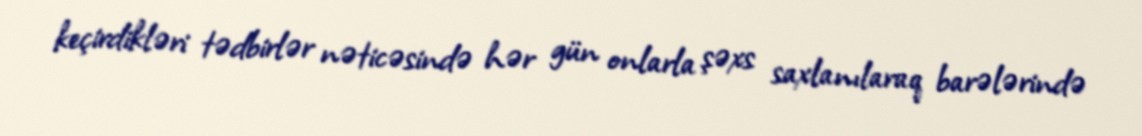
keçirdikləri tədbirlər nəticəsində hər gün onlarla şəxs saxlanılaraq barələrində